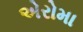
એરોમા